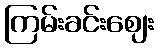
ကြမ်းခင်းဈေး